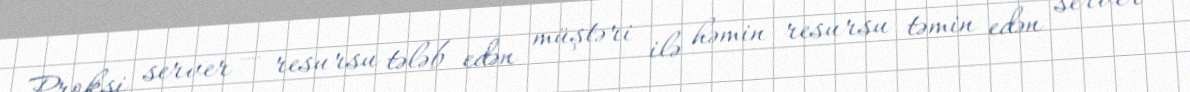
Proksi server — resursu tələb edən müştəri ilə həmin resursu təmin edən server